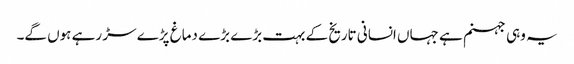
یہ وہی جہنم ہے جہاں انسانی تاریخ کے بہت بڑے بڑے دماغ پڑے سڑ رہے ہوں گے۔